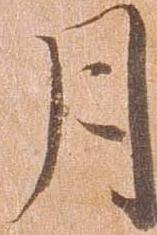
月